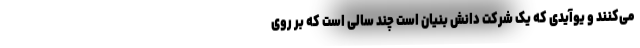
می‌کنند و یوآیدی که یک شرکت دانش بنیان است چند سالی است که بر روی